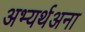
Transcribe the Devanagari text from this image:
अभ्यर्थअना